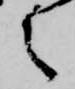
之